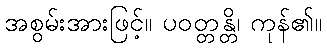
အစွမ်းအားဖြင့်။ ပဝတ္တန္တိ၊ ကုန်၏။